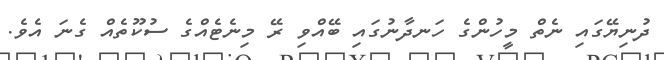
ދުނިޔޭގައި ނެތް މީހުންގެ ހަނދާނުގައި ބޭއްވި ރޭ މިނެޓެއްގެ ސުކޫތެއް ގެނަ އެވެ.